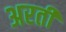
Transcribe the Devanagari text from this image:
अरतीं